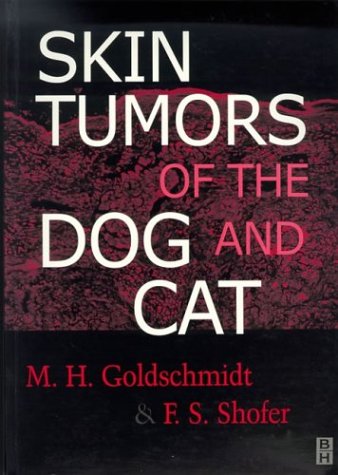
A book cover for Skin Tumors of the Dog and Cat, 1e; M. H. Goldschmidt; Medical Books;